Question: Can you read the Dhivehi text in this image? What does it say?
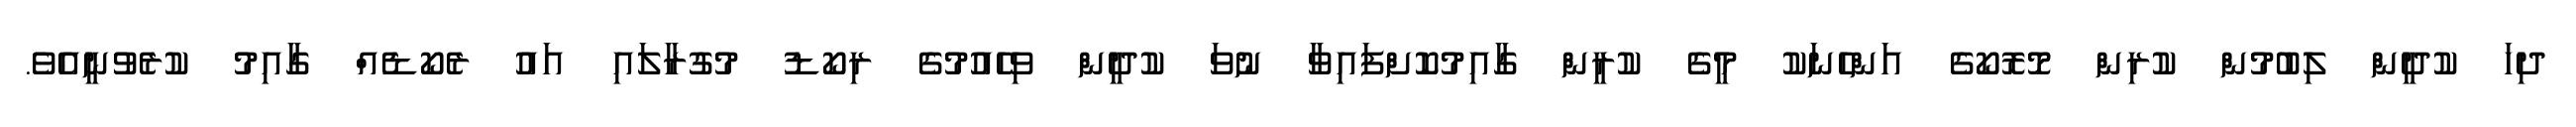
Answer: ދިހަ ކުދީން ލިބުމުން ކުރިން މޮރޮކޯގެ އަންހެނަކު މީގެ ކުރީން ގާއިމުކޮށްފައިވާ ނުވަ ކުދީން ވިހެއުމުގެ ރިކޯޑު މުގުރާލައި އައު ރެކޯޑެއް ގާއިމު ކުރެވުނީއެވެ.